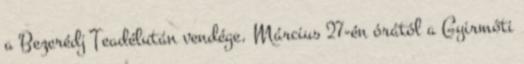
a Bezerédj Teadélután vendége. Március 27-én órától a Gyirmóti